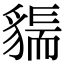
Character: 𧳲